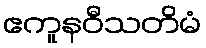
ဧကူနဝီသတိမံ